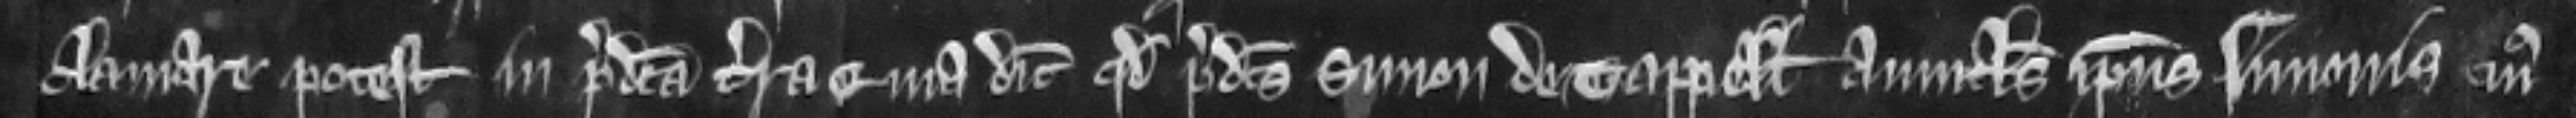
clamare potest in predicta terra quia dicit quod predictus Simon de Tappell avunculus ipsius Simonis cujus